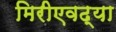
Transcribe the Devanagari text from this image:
मिरीएवढ्या